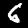
Label: 6